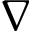
\nabla